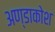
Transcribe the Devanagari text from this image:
अण्डाकोश